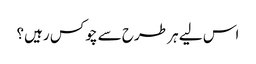
اس لیے ہر طرح سے چوکس رہیں؟